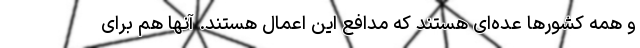
و همه کشورها عده‌ای هستند که مدافع این اعمال هستند. آنها هم برای